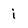
Character: i